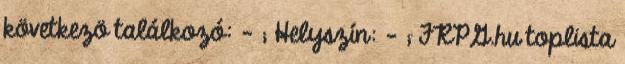
következö találkozó: - ; Helyszín: - ; FRPG.hu toplista